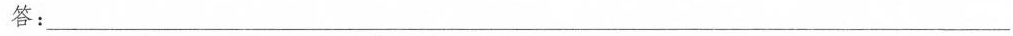
答：___